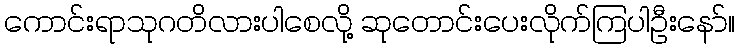
ကောင်းရာသုဂတိလားပါစေလို့ ဆုတောင်းပေးလိုက်ကြပါဦးနော်။